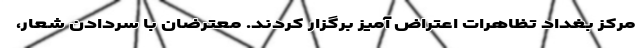
مرکز بغداد تظاهرات اعتراض آمیز برگزار کردند. معترضان با سردادن شعار،